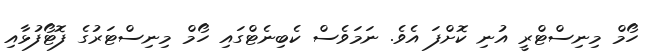
ހޯމް މިނިސްޓްރީ އުނި ކޮށްފަ އެވެ. ނަމަވެސް ކެބިނެޓްގައި ހޯމް މިނިސްޓަރުގެ ފޮޓޯފުޅާއި